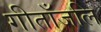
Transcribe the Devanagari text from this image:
गीताँजलि